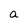
Character: a